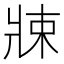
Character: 𤖂